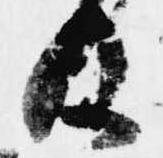
及